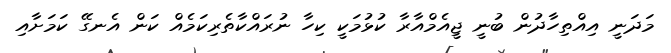
މަދަނީ އިއްތިހާދުން ބުނީ ޖީއެމްއާރާ ކުޅުމަކީ ކިހާ ނުރައްކާތެރިކަމެއް ކަން އެނގޭ ކަމަށާއި